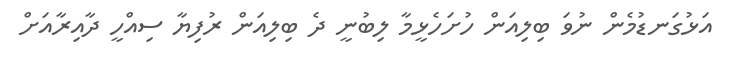
އަޅުގަނޑުމެން ނުވަ ބިލިއަން ހުށަހެޅީމާ ލިބުނީ ދެ ބިލިއަން ރުފިޔާ ސިއްހީ ދާއިރާއަށް